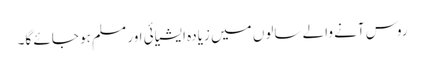
روس آنے والے سالوں میں زیادہ ایشیائی اور مسلم ہو جائے گا۔